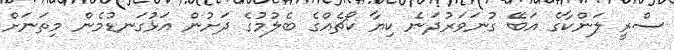
ސްރީ ލަންކާގެ އަބޭ ގުނަވަރުދަނެ ކިޔާ ކޯޗެއްގެ ބެލުމުގެ ދަށުން އަޅުގަނޑުމެން މިތަނަށް